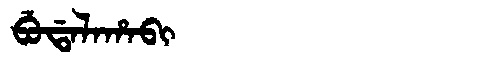
Manchu: ᠪᡠᡩᠠᠯᠠᡥᠠᠪᡳ
Romanization: BUDALAHABI